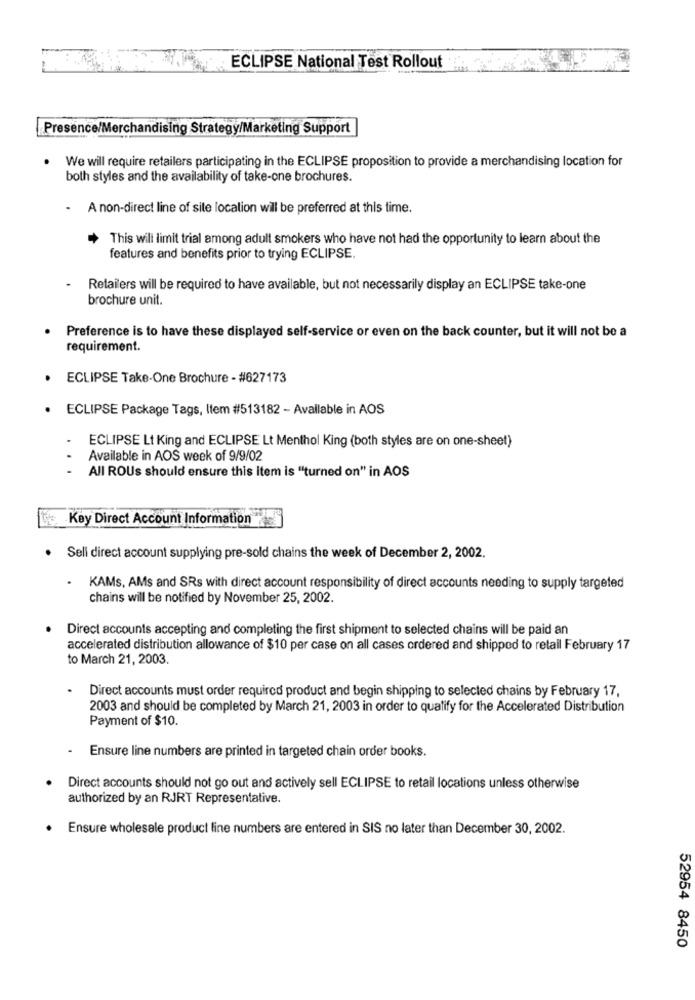
ECLIPSE National Test Rollout
Presence/Merchandising Strategy/Marketing Support
We will require retailers participating in the ECLIPSE proposition to provide a merchandising location for
both styles and the availability of take-one brochures.
.
A non-direct line of site location will be preferred at this time.
This will limit trial among adult smokers who have not had the opportunity to learn about the
features and benefits prior to trying ECLIPSE.
Retailers will be required to have available, but not necessarily display an ECLIPSE take-one
brochure unit.
Preference is to have these displayed self-service or even on the back counter, but it will not be a
requirement.
ECLIPSE Take-One Brochure - #627173
ECLIPSE Package Tags, Item #513182 - Available in AOS
ECLIPSE Lt King and ECLIPSE Lt Menthol King (both styles are on one-sheet)
Available in AOS week of 9/9/02
All ROUs should ensure this item is "turned on" in AOS
Key Direct Account Information"
. Sell direct account supplying pre-sold chains the week of December 2, 2002.
KAMs, AMs and SRs with direct account responsibility of direct accounts needing to supply targeted
chains will be notified by November 25, 2002.
Direct accounts accepting and completing the first shipment to selected chains will be paid an
accelerated distribution allowance of $10 per case on all cases ordered and shipped to retail February 17
to March 21, 2003.
Direct accounts must order required product and begin shipping to selected chains by February 17,
2003 and should be completed by March 21, 2003 in order to qualify for the Accelerated Distribution
Payment of $10.
.
Ensure line numbers are printed in targeted chain order books.
Direct accounts should not go out and actively sell ECLIPSE to retail locations unless otherwise
authorized by an RJRT Representative.
Ensure wholesale product line numbers are entered in SIS no later than December 30, 2002.
52954 8450